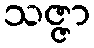
သဇ္ဇာ